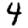
Digit: 4